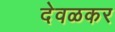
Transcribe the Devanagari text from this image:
देवळकर